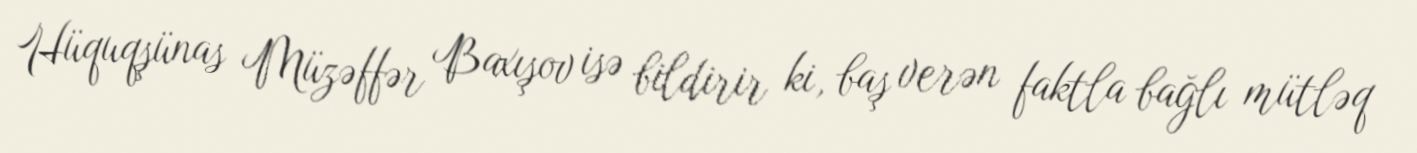
Hüquqşünas Müzəffər Baxışov isə bildirir ki, baş verən faktla bağlı mütləq